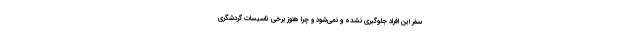
سفر این افراد جلوگیری نشده و نمی‌شود و چرا هنوز برخی تاسیسات گردشگری